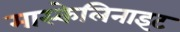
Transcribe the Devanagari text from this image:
मास्केलिनाइट